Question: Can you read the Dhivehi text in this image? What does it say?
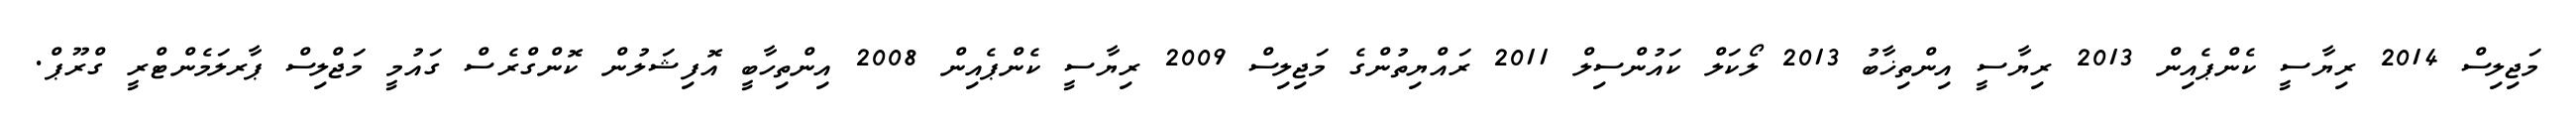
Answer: މަޖިލިސް 2014 ރިޔާސީ ކެންޕެއިން 2013 ރިޔާސީ އިންތިޚާބު 2013 ލޯކަލް ކައުންސިލް 2011 ރައްޔިތުންގެ މަޖިލިސް 2009 ރިޔާސީ ކެންޕެއިން 2008 އިންތިހާބީ އޮފިޝަލުން ކޮންގްރެސް ގައުމީ މަޖްލިސް ޕާރލަމެންޓްރީ ގްރޫޕް.